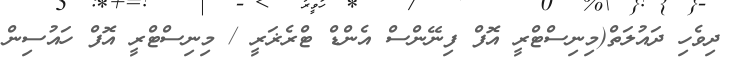
ދިވެހި ދައުލަތް(މިނިސްޓްރީ އޮފް ފިނޭންސް އެންޑް ޓްރެޜަރީ / މިނިސްޓްރީ އޮފް ހައުސިން